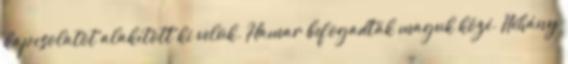
kapcsolatot alakított ki velük. Hamar befogadták maguk közé. Néhány